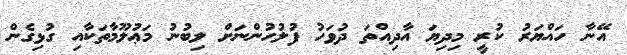
އޭނާ ހައްޔަރު ކުރީ މިދިޔަ އާދިއްތަ ދުވަހު ފުލުހުންނަށް ލިބުނު މަޢުލޫމާތަކާއި ގުޅިގެން